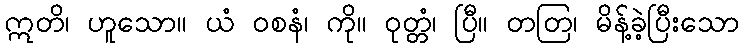
ဣတိ၊ ဟူသော။ ယံ ဝစနံ၊ ကို။ ဝုတ္တံ၊ ပြီ။ တတြ၊ မိန့်ခဲ့ပြီးသော